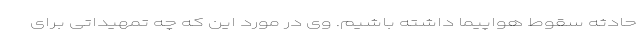
حادثه سقوط هواپیما داشته باشیم. وی در مورد این که چه تمهیداتی برای